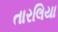
તારલિયા